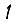
Digit: 1